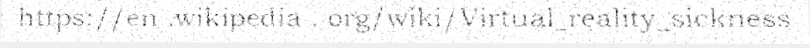
https://en .wikipedia . org/wiki/Virtual_reality_sickness